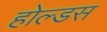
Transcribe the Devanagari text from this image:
होल्डस